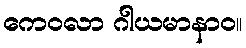
ကေဝလာ ဂါယမာနာဝ။